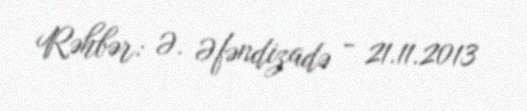
Rəhbər: Ə. Əfəndizadə - 21.11.2013